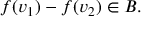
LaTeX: f ( v _ { 1 } ) - f ( v _ { 2 } ) \in B .